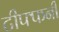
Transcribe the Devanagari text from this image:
टीफ्फनी